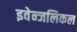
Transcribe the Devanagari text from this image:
इवेन्जलिकल